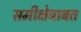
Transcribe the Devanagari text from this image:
समीक्षेबाबत